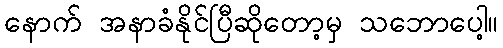
နောက် အနာခံနိုင်ပြီဆိုတော့မှ သဘောပေါ့။